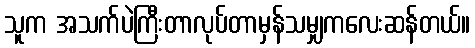
သူက အသက်ပဲကြီးတာလုပ်တာမှန်သမျှကလေးဆန်တယ်။